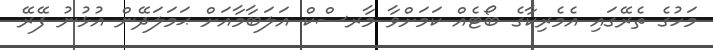
މަހުގެ ތެރޭގައި އެމެރިކާގެ ބޯޓެއް ކަމަށްވާ މާރސްކް އަލަބާމާއަށް ޙަމަލަދޭން އުޅުނު ފޭރޭ